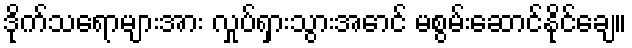
ဒိုက်သရောများအား လှုပ်ရှားသွားအောင် မစွမ်းဆောင်နိုင်ချေ။